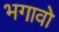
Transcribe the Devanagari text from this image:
भगावो